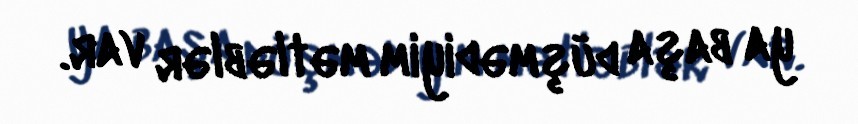
ya başa düşmədiyim mətləblər var.